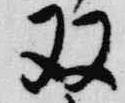
双